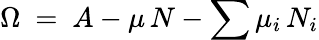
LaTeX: \Omega\ =\ A-\mu\, N-\sum\mu_{i}\, N_{i}